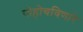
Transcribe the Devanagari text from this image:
पोहोचविणारे